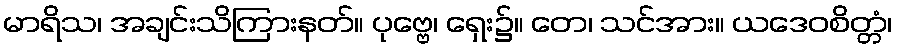
မာရိသ၊ အချင်းသိကြားနတ်။ ပုဗ္ဗေ၊ ရှေး၌။ တေ၊ သင်အား။ ယဒေဝစိတ္တံ၊